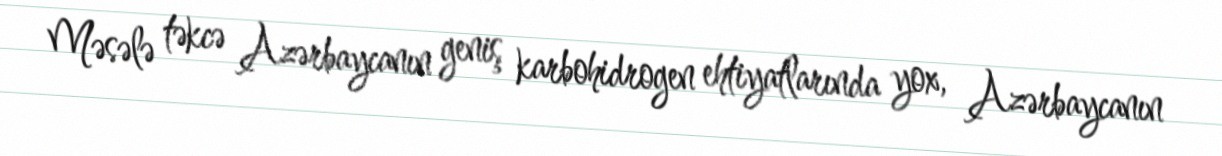
Məsələ təkcə Azərbaycanın geniş karbohidrogen ehtiyatlarında yox, Azərbaycanın